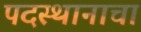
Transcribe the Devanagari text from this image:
पदस्थानाचा